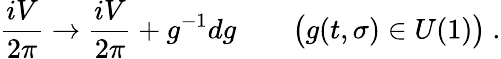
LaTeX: {\frac{iV}{2\pi}}\rightarrow{\frac{iV}{2\pi}}+g^{-1}dg\qquad\big(g(t,\sigma)\in U(1)\big)\ .